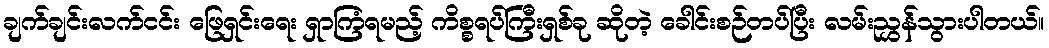
ချက်ချင်းလက်ငင်း ဖြေရှင်းရေး ရှာကြံရမည့် ကိစ္စရပ်ကြီးရှစ်ခု ဆိုတဲ့ ခေါင်းစဉ်တပ်ပြီး လမ်းညွှန်သွားပါတယ်။